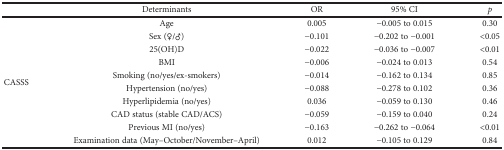
<table><thead><tr><td></td><td><b>Determinants</b></td><td><b>OR</b></td><td><b>95% CI</b></td><td><b><i>p</i></b></td></tr></thead><tbody><tr><td rowspan="10">CASSS</td><td>Age</td><td>0.005</td><td>−0.005 to 0.015</td><td>0.30</td></tr><tr><td>Sex (♀/♂)</td><td>−0.101</td><td>−0.202 to −0.001</td><td>&lt;0.05</td></tr><tr><td>25(OH)D</td><td>−0.022</td><td>−0.036 to −0.007</td><td>&lt;0.01</td></tr><tr><td>BMI</td><td>−0.006</td><td>−0.024 to 0.013</td><td>0.54</td></tr><tr><td>Smoking (no/yes/ex-smokers)</td><td>−0.014</td><td>−0.162 to 0.134</td><td>0.85</td></tr><tr><td>Hypertension (no/yes)</td><td>−0.088</td><td>−0.278 to 0.102</td><td>0.36</td></tr><tr><td>Hyperlipidemia (no/yes)</td><td>0.036</td><td>−0.059 to 0.130</td><td>0.46</td></tr><tr><td>CAD status (stable CAD/ACS)</td><td>−0.059</td><td>−0.159 to 0.040</td><td>0.24</td></tr><tr><td>Previous MI (no/yes)</td><td>−0.163</td><td>−0.262 to −0.064</td><td>&lt;0.01</td></tr><tr><td>Examination data (May–October/November–April)</td><td>0.012</td><td>−0.105 to 0.129</td><td>0.84</td></tr></tbody></table>